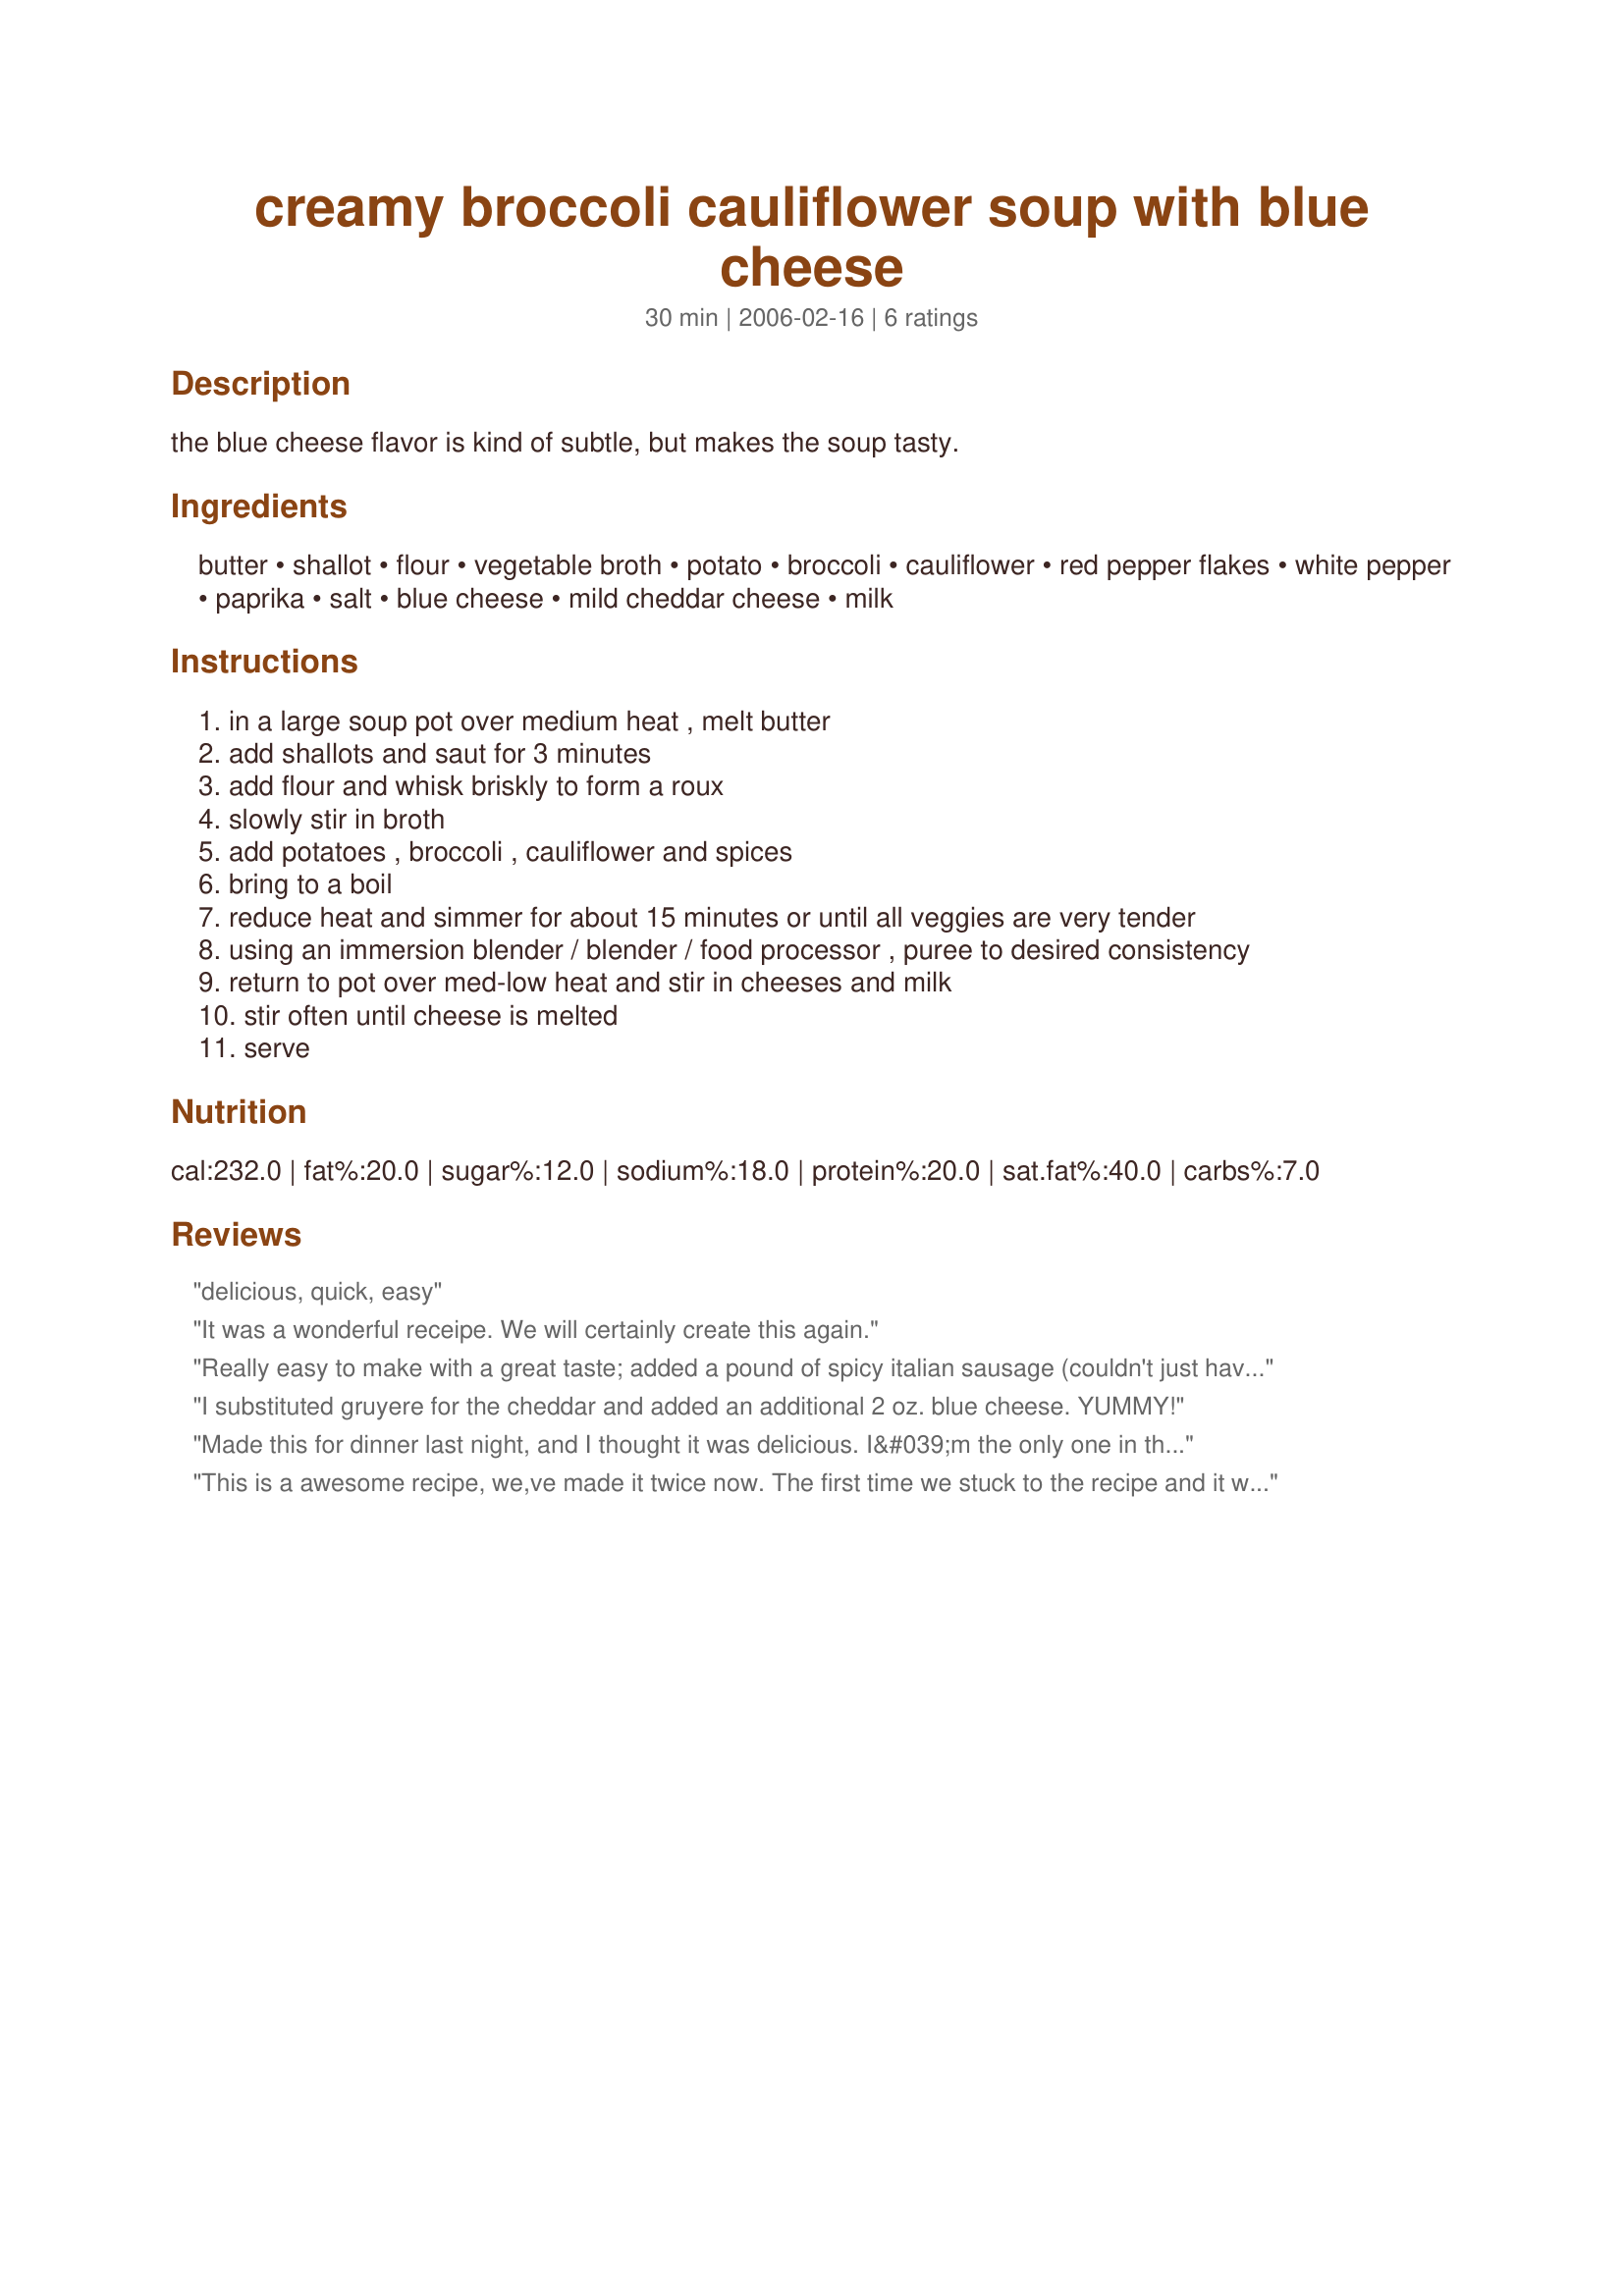
creamy broccoli cauliflower soup with blue cheese
Preparation time: 30 minutes

the blue cheese flavor is kind of subtle, but makes the soup tasty.

Ingredients:
butter, shallot, flour, vegetable broth, potato, broccoli, cauliflower, red pepper flakes, white pepper, paprika, salt, blue cheese, mild cheddar cheese, milk

Steps:
in a large soup pot over medium heat , melt butter
add shallots and saut for 3 minutes
add flour and whisk briskly to form a roux
slowly stir in broth
add potatoes , broccoli , cauliflower and spices
bring to a boil
reduce heat and simmer for about 15 minutes or until all veggies are very tender
using an immersion blender / blender / food processor , puree to desired consistency
return to pot over med-low heat and stir in cheeses and milk
stir often until cheese is melted
serve

Reviews:
delicious, quick, easy
It was a wonderful receipe. We will certainly create this again.
Really easy to make with a great taste; added a pound of spicy italian sausage (couldn't just have vegetables!) and cut down on the butter. Delicious.
I substituted gruyere for the cheddar and added an additional 2 oz. blue cheese. YUMMY!
Made this for dinner last night, and I thought it was delicious. I&#039;m the only one in the house who eats cauliflower, so I guess mine is the only opinion that counts. ;-) I made changes based on what I had, as shopping day is today, rather than yesterday. I used dried onion added to the roux, rather than shallots. I also left out the potato and the milk to cut back on carbs, and I really think this soup was great without the added milk. My soup was quite a bit greener than the photo, almost the color of split pea, so I thought I might have messed it up, but it tastes great, and that&#039;s what counts. I didn&#039;t have American, so I broke up a couple of Baby Bel cheddar mini&#039;s along with the Gorgonzola. Buzzed it almost smooth with the immersion blender before adding cheese and it was great. Had a creamy texture even without the cream. Thanks for sharing. This makes a ton, by the way, so I think I&#039;d call it more than 8 servings. I had two bowls for dinner, and barely made a dent.
This is a awesome recipe, we,ve made it twice now. The first time we stuck to the recipe and it was devine, the second time we altered it a little; added some extra cheese and some carrots and it was still the best soup I've ever tasted.
